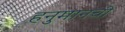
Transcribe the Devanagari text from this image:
हनुमानची